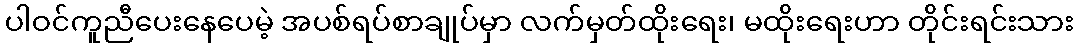
ပါဝင်ကူညီပေးနေပေမဲ့ အပစ်ရပ်စာချုပ်မှာ လက်မှတ်ထိုးရေး၊ မထိုးရေးဟာ တိုင်းရင်းသား